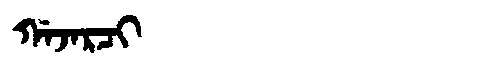
Manchu: ᡤᠠᠵᠠᡵᠴᡳ
Romanization: GAJARCI